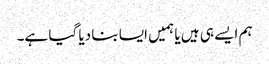
ہم ایسے ہی ہیں یا ہمیں ایسا بنا دیا گیا ہے۔